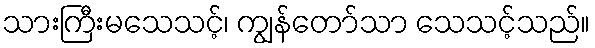
သားကြီးမသေသင့်၊ ကျွန်တော်သာ သေသင့်သည်။